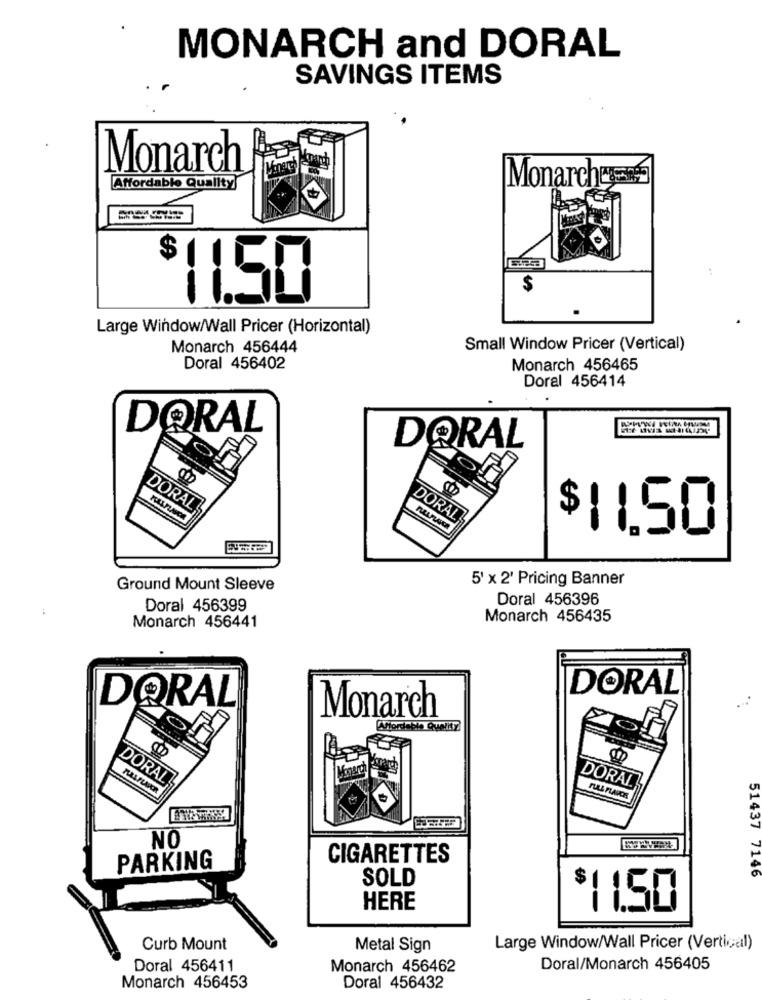
MONARCH and DORAL
SAVINGS ITEMS
Monarch
Vene
Monarch
Affordable Quality
$
163253
$
11.50
Large Window/Wall Pricer (Horizontal)
Monarch 456444
Small Window Pricer (Vertical)
Doral 456402
Monarch 456465
Doral 456414
DORAL
DORAL
DORAL
DORAL
$11.50
5' x 2' Pricing Banner
Ground Mount Sleeve
Doral 456396
Doral 456399
Monarch 456435
Monarch 456441
DORAL
DORAL
Monarch
O
DORAL
DORAL
PAL FLAVOR
NO
CIGARETTES
PARKING
SOLD
51437 7146
HERE
$11.50
Curb Mount
Metal Sign
Large Window/Wall Pricer (Vertical)
Doral 456411
Monarch 456462
Doral/Monarch 456405
Monarch 456453
Doral 456432